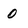
Character: 0